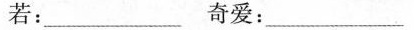
若：___奇爱：___